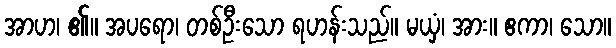
အာဟ၊ ၏။ အပရော၊ တစ်ဦးသော ရဟန်းသည်။ မယှံ၊ အား။ ဧကာ၊ သော။